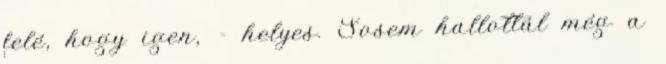
felé, hogy igen, - helyes. Sosem hallottál még a